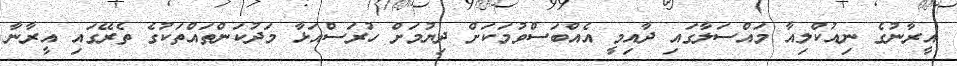
އީރާނުގެ ނިއުކްލިއާ މައްސަލާގައި ދާއިމީ އެއްބަސްވުމަކަށް ދިޔުމަށް ހުރަސްއަޅާ މަދުކަންތައްތަކުގެ ތެރޭގައި އީރާނާ